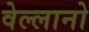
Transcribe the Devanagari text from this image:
वेल्लानो